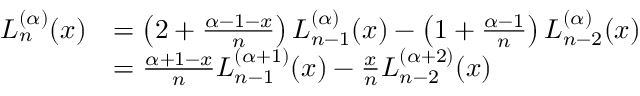
{ \begin{array} { r l } { L _ { n } ^ { ( \alpha ) } ( x ) } & { = \left( 2 + { \frac { \alpha - 1 - x } { n } } \right) L _ { n - 1 } ^ { ( \alpha ) } ( x ) - \left( 1 + { \frac { \alpha - 1 } { n } } \right) L _ { n - 2 } ^ { ( \alpha ) } ( x ) } \\ & { = { \frac { \alpha + 1 - x } { n } } L _ { n - 1 } ^ { ( \alpha + 1 ) } ( x ) - { \frac { x } { n } } L _ { n - 2 } ^ { ( \alpha + 2 ) } ( x ) } \end{array} }